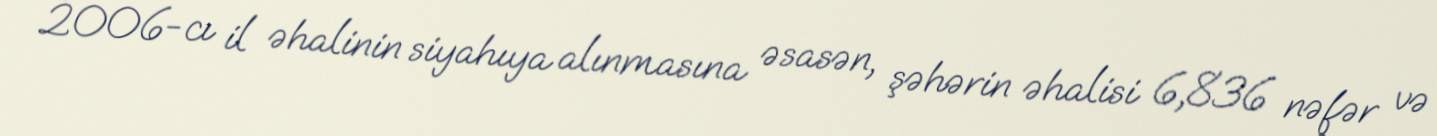
2006-cı il əhalinin siyahıya alınmasına əsasən, şəhərin əhalisi 6,836 nəfər və